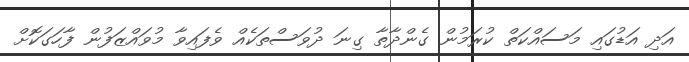
އަދި އަޑުގައި މަސައްކަތް ކުރަމުން ގެންދާތާ ގިނަ ދުވަސްތަކެއް ވެފައިވާ މުވައްޒަފުން ފާހަގަކޮށް